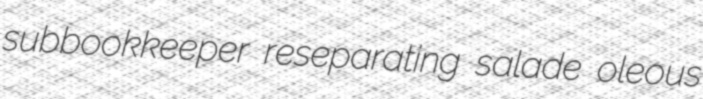
subbookkeeper reseparating salade oleous